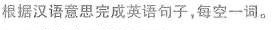
根据汉语意思完成英语句子，每空一词。